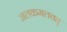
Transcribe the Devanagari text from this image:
जलकमलवत्